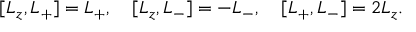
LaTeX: [ L _ { z } , L _ { + } ] = L _ { + } , \quad [ L _ { z } , L _ { - } ] = - L _ { - } , \quad [ L _ { + } , L _ { - } ] = 2 L _ { z } .